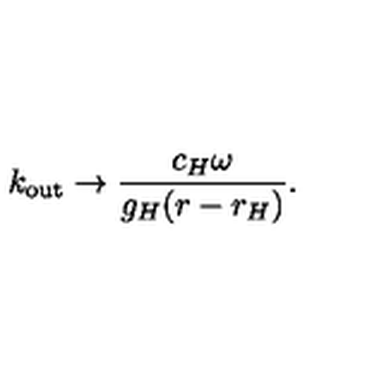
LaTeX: k _ { \mathrm { o u t } } \to { \frac { c _ { H } \omega } { g _ { H } ( r - r _ { H } ) } } .